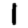
Digit: 1